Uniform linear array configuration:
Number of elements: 48
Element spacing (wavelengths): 0.5
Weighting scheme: uniform
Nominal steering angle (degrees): -15
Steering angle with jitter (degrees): -14.154
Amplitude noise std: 0.05
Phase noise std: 0.05

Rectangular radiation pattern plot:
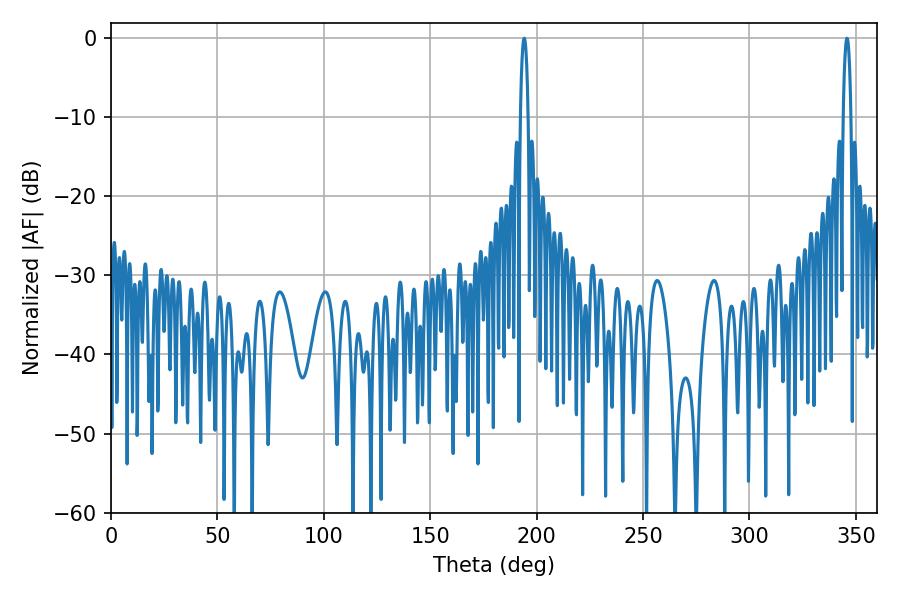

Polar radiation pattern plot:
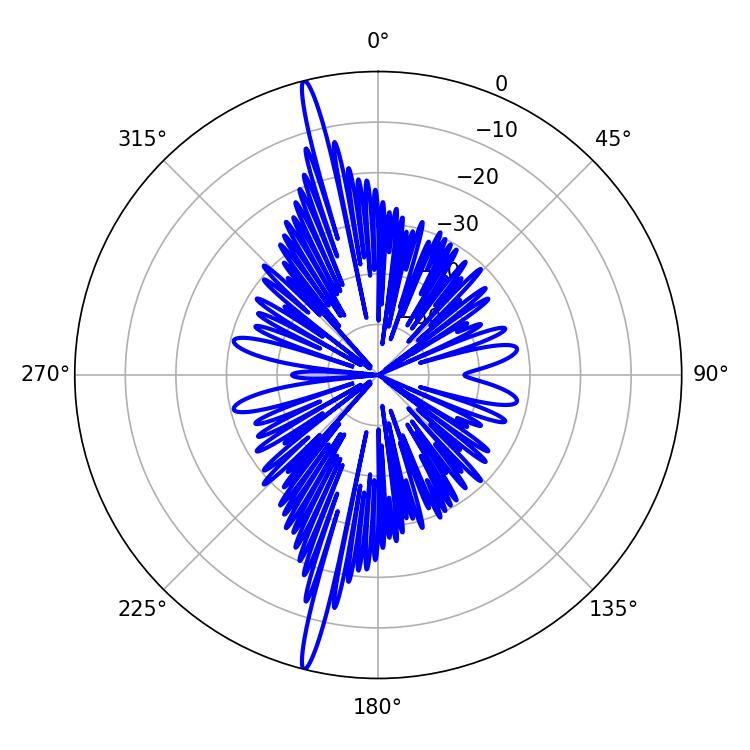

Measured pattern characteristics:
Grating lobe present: FALSE
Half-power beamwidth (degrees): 1.98
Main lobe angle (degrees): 345.78